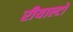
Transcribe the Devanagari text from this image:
रीयाल्टो